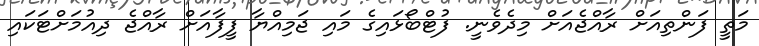
މަތީ ފަންތިއަށް ރާއްޖެއަށް މިދެވެނީ. ފުޓްބޯޅައިގެ މައި ޖަމިއްޔާ ފީފާއަށް ރާއްޖެ ދިއުމަށްޓަކައި